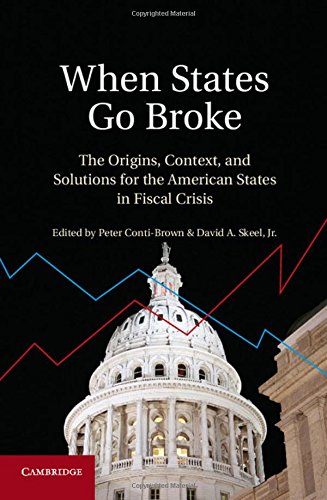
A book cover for When States Go Broke: The Origins, Context, and Solutions for the American States in Fiscal Crisis; Law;